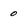
Character: 0